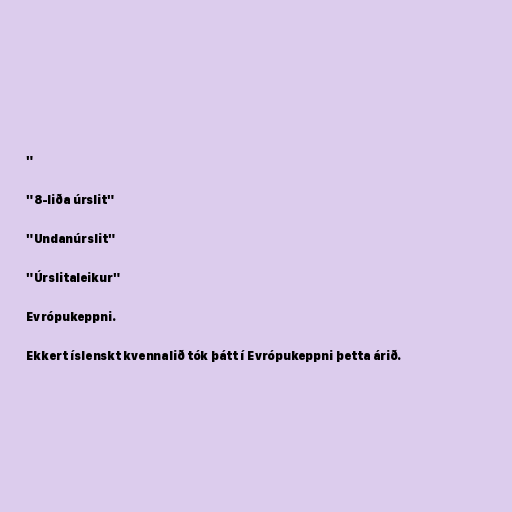
"

"8-liða úrslit"

"Undanúrslit"

"Úrslitaleikur"

Evrópukeppni.

Ekkert íslenskt kvennalið tók þátt í Evrópukeppni þetta árið.